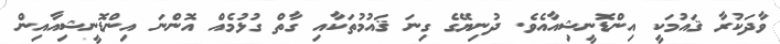
ވާދަކުރާ ޤައުމަކީ އިންޑޮނީޝިއާއެވެ. ދުނިޔޭގެ ގިނަ ޤައުމުތަކާއި ގާތް ގުޅުމެއް އޮންނަ އިންޑޮނީޝިއާއިން